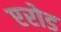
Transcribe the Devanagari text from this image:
एरोड